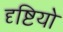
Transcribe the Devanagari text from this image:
दृष्टियो